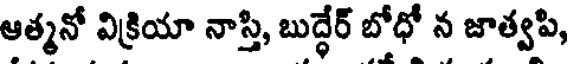
ఆత్మనో విక్రియా నాస్తి, బుద్ధేర్ బోధో న జాత్వపి,